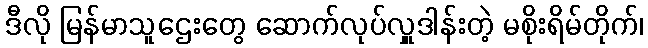
ဒီလို မြန်မာသူဌေးတွေ ဆောက်လုပ်လှူဒါန်းတဲ့ မစိုးရိမ်တိုက်၊